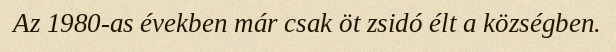
Az 1980-as években már csak öt zsidó élt a községben.